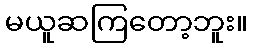
မယူဆကြတော့ဘူး။